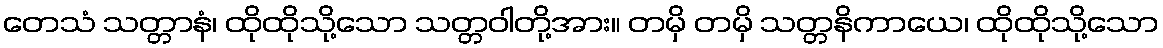
တေသံ သတ္တာနံ၊ ထိုထိုသို့သော သတ္တဝါတို့အား။ တမှိ တမှိ သတ္တနိကာယေ၊ ထိုထိုသို့သော